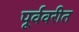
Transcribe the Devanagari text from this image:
पूर्ववरीत